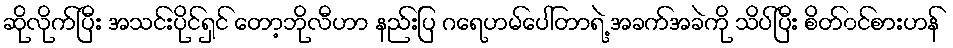
ဆိုလိုက်ပြီး အသင်းပိုင်ရှင် တော့ဘိုလီဟာ နည်းပြ ဂရေဟမ်ပေါ်တာရဲ့ အခက်အခဲကို သိပ်ပြီး စိတ်၀င်စားဟန်